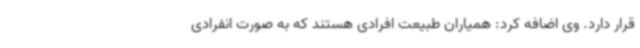
قرار دارد. وی اضافه کرد: همیاران طبیعت افرادی هستند که به صورت انفرادی